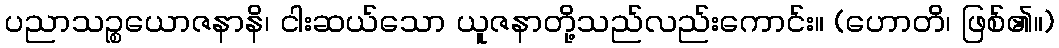
ပညာသဉ္စယောဇနာနိ၊ ငါးဆယ်သော ယူဇနာတို့သည်လည်းကောင်း။ (ဟောတိ၊ ဖြစ်၏။)